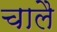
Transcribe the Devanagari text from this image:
चालै